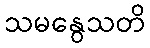
သမနွေသတိ